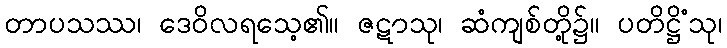
တာပသဿ၊ ဒေဝိလရသေ့၏။ ဇဋာသု၊ ဆံကျစ်တို့၌။ ပတိဋ္ဌိံသု၊